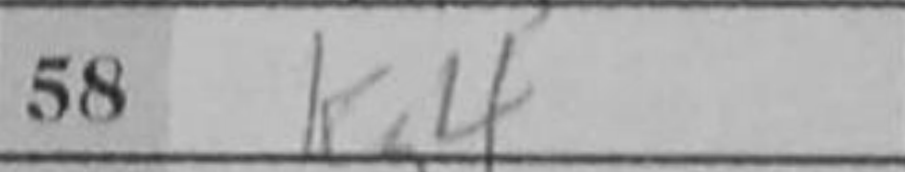
Transcription: Kg4